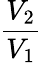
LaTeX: \frac{V_{2}}{V_{1}}